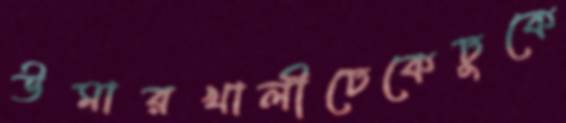
উমারখালীঢেকেঢুকে